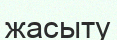
жасыту